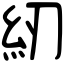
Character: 紉